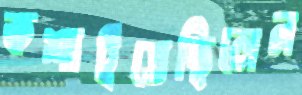
কশাইতেছিলেন